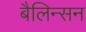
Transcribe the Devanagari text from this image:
बैलिन्सन